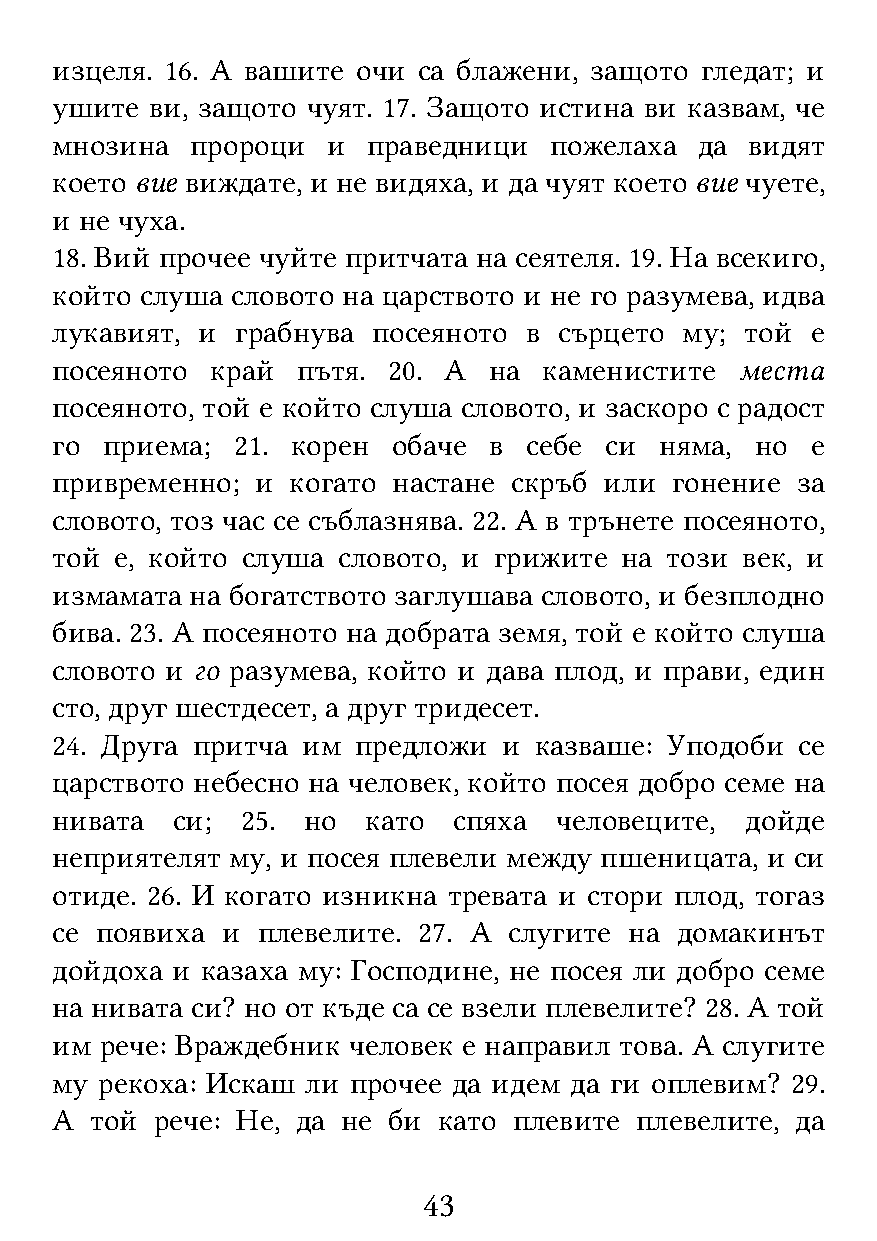
изцеля. 16. А вашите очи са блажени, защото гледат; и
 ушите  ви, защото чуят. 17. Защото истина ви казвам, че
 мнозина   пророци  и праведници  пожелаха  да  видят
 което вие виждате, и не видяха, и да чуят което вие чуете,
 и не чуха.
 18. Вий прочее чуйте притчата на сеятеля. 19. На всекиго,
 който слуша словото на царството и не го разумева, идва
 лукавият, и  грабнува посеяното в сърцето му; той  е
 посеяното  край  пътя. 20. А на  каменистите  места
 посеяното, той е който слуша словото, и заскоро с радост
 го  приема; 21. корен  обаче в  себе си  няма, но  е
 привременно;  и когато настане скръб или гонение  за
 словото, тоз час се съблазнява. 22. А в трънете посеяното,
 той  е, който слуша словото, и грижите на този век, и
 измамата  на богатството заглушава словото, и безплодно
 бива. 23. А посеяното на добрата земя, той е който слуша
 словото и го разумева, който и дава плод, и прави, един
 сто, друг шестдесет, а друг тридесет.
 24. Друга притча им  предложи и казваше: Уподоби  се
 царството небесно на человек, който посея добро семе на
 нивата  си;  25. но  като  спяха  человеците, дойде
 неприятелят му, и посея плевели между пшеницата, и си
 отиде. 26. И когато изникна тревата и стори плод, тогаз
 се появиха  и плевелите. 27. А слугите на домакинът
 дойдоха и казаха му: Господине, не посея ли добро семе
 на нивата си? но от къде са се взели плевелите? 28. А той
 им  рече: Враждебник человек е направил това. А слугите
 му рекоха: Искаш ли прочее да идем да ги оплевим? 29.
 А  той рече: Не, да не би като плевите плевелите, да
 43